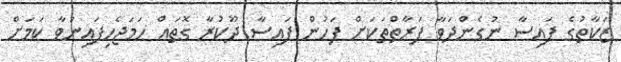
ޒަކާތުގެ ފައިސާ ނުގެންދަވާ ފަރާތްތަކަށް ފަހުން ފައިސާ ދޫކުރާ ގޮތައް ހަމަޖެހިފައިނުވާ ކަމަށް